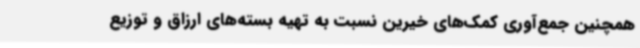
همچنین جمع‌آوری کمک‌های خیرین نسبت به تهیه بسته‌های ارزاق و توزیع